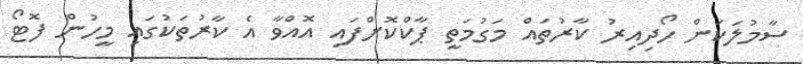
ސާމުލަކަން ހޯދިއިރު ކާރުތައް މަގުމަތީ ޕާކްކޮށްފައި އޮއްވާ އެ ކާރުތަކުގައި މީހުން ފޮޓޯ